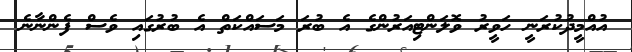
އުއްމީދުކުރަނީ ހަވީރު ވޮލަންޓިއަރުންގެ އެ ބުރަ މަސައްކަތް އެ ބުރުގައި ވެސް ފެންނާނެ